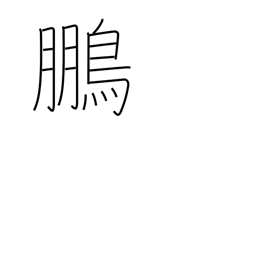
Meaning: phoenix